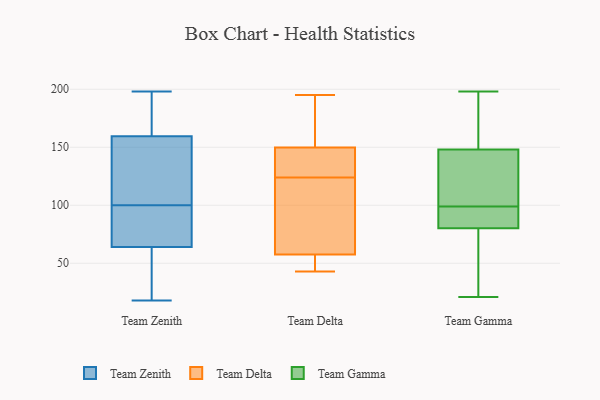
{"axis": {"x": "LTV (USD)", "y": "Value"}, "legend": ["Team Delta", "Team Gamma", "Team Zenith"], "data": [{"x": "", "y": 64, "type": "Team Zenith"}, {"x": "", "y": 171, "type": "Team Zenith"}, {"x": "", "y": 164, "type": "Team Zenith"}, {"x": "", "y": 100, "type": "Team Zenith"}, {"x": "", "y": 70, "type": "Team Zenith"}, {"x": "", "y": 18, "type": "Team Zenith"}, {"x": "", "y": 26, "type": "Team Zenith"}, {"x": "", "y": 182, "type": "Team Zenith"}, {"x": "", "y": 118, "type": "Team Zenith"}, {"x": "", "y": 82, "type": "Team Zenith"}, {"x": "", "y": 158, "type": "Team Zenith"}, {"x": "", "y": 25, "type": "Team Zenith"}, {"x": "", "y": 113, "type": "Team Zenith"}, {"x": "", "y": 81, "type": "Team Zenith"}, {"x": "", "y": 64, "type": "Team Zenith"}, {"x": "", "y": 198, "type": "Team Zenith"}, {"x": "", "y": 120, "type": "Team Zenith"}, {"x": "", "y": 139, "type": "Team Delta"}, {"x": "", "y": 131, "type": "Team Delta"}, {"x": "", "y": 192, "type": "Team Delta"}, {"x": "", "y": 148, "type": "Team Delta"}, {"x": "", "y": 195, "type": "Team Delta"}, {"x": "", "y": 112, "type": "Team Delta"}, {"x": "", "y": 123, "type": "Team Delta"}, {"x": "", "y": 52, "type": "Team Delta"}, {"x": "", "y": 51, "type": "Team Delta"}, {"x": "", "y": 172, "type": "Team Delta"}, {"x": "", "y": 43, "type": "Team Delta"}, {"x": "", "y": 150, "type": "Team Delta"}, {"x": "", "y": 57, "type": "Team Delta"}, {"x": "", "y": 59, "type": "Team Delta"}, {"x": "", "y": 124, "type": "Team Delta"}, {"x": "", "y": 149, "type": "Team Delta"}, {"x": "", "y": 82, "type": "Team Delta"}, {"x": "", "y": 181, "type": "Team Delta"}, {"x": "", "y": 43, "type": "Team Delta"}, {"x": "", "y": 85, "type": "Team Gamma"}, {"x": "", "y": 66, "type": "Team Gamma"}, {"x": "", "y": 107, "type": "Team Gamma"}, {"x": "", "y": 194, "type": "Team Gamma"}, {"x": "", "y": 42, "type": "Team Gamma"}, {"x": "", "y": 100, "type": "Team Gamma"}, {"x": "", "y": 21, "type": "Team Gamma"}, {"x": "", "y": 198, "type": "Team Gamma"}, {"x": "", "y": 157, "type": "Team Gamma"}, {"x": "", "y": 87, "type": "Team Gamma"}, {"x": "", "y": 99, "type": "Team Gamma"}, {"x": "", "y": 98, "type": "Team Gamma"}, {"x": "", "y": 145, "type": "Team Gamma"}]}